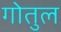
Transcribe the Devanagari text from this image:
गोतुल